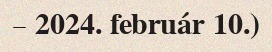
– 2024. február 10.)